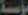
مؤسسة